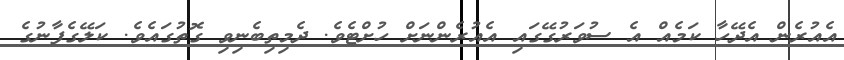
އެއުރެން އެދޭހާ ކަމެއް އެ ސުވަރުގޭގައި އެއުރެންނަށް ހުށްޓެވެ. ދެމިތިބެނިވި ގޮތުގައެވެ. ކަލޭގެފާނުގެ